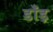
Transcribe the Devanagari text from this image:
डाँड़